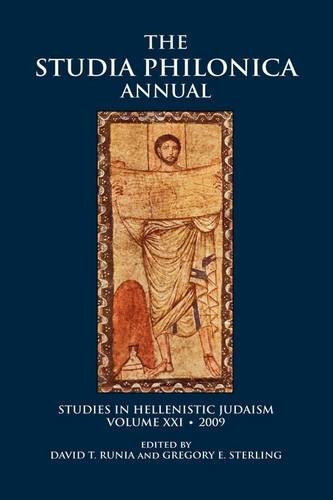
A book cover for The Studia Philonica Annual XXI, 2009 (Studia Philonica Annual: Studies in Hellenistic Judaism); Religion & Spirituality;